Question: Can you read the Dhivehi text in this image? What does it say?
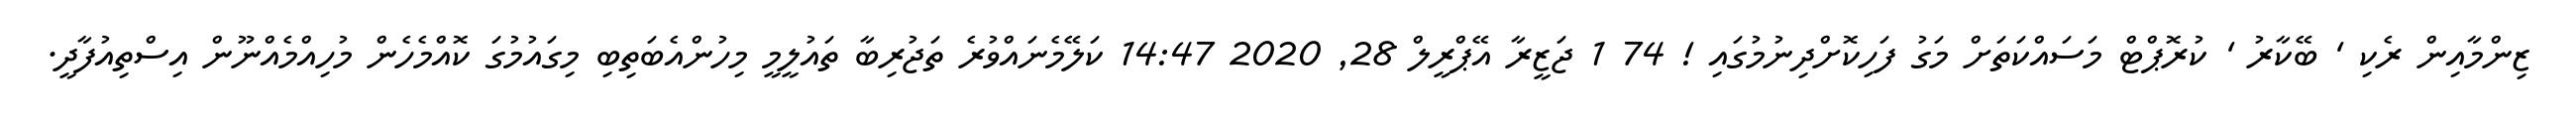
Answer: ޒިންމާއިން ރެކި ' ބޭކާރު ' ކުރޮޕްޓް މަސައްކަތަށް މަގު ފަހިކޮށްދިނުމުގައި ! 74 1 ޖަޒީރާ އޭޕްރީލް 28, 2020 14:47 ކަލޭމެނައްވުރެ ތަޖުރިބާ ތައުލީމީ މިހުންއެބަތިބި މިގައުމުގަ ކޮއްމެހެން މުހިއްމެއްނޫން އިސްތިއުފާދީ.